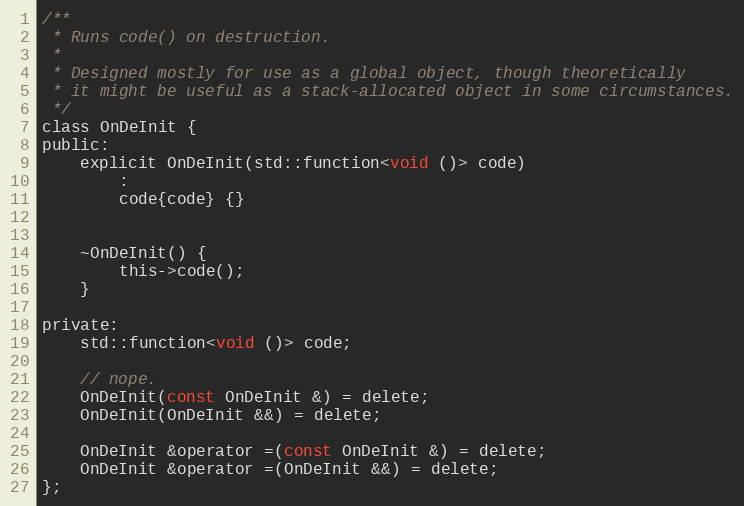
Language: C
/**
 * Runs code() on destruction.
 *
 * Designed mostly for use as a global object, though theoretically
 * it might be useful as a stack-allocated object in some circumstances.
 */
class OnDeInit {
public:
	explicit OnDeInit(std::function<void ()> code)
		:
		code{code} {}

	~OnDeInit() {
		this->code();
	}

private:
	std::function<void ()> code;

	// nope.
	OnDeInit(const OnDeInit &) = delete;
	OnDeInit(OnDeInit &&) = delete;

	OnDeInit &operator =(const OnDeInit &) = delete;
	OnDeInit &operator =(OnDeInit &&) = delete;
};